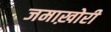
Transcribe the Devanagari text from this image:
जमाख़ोरी